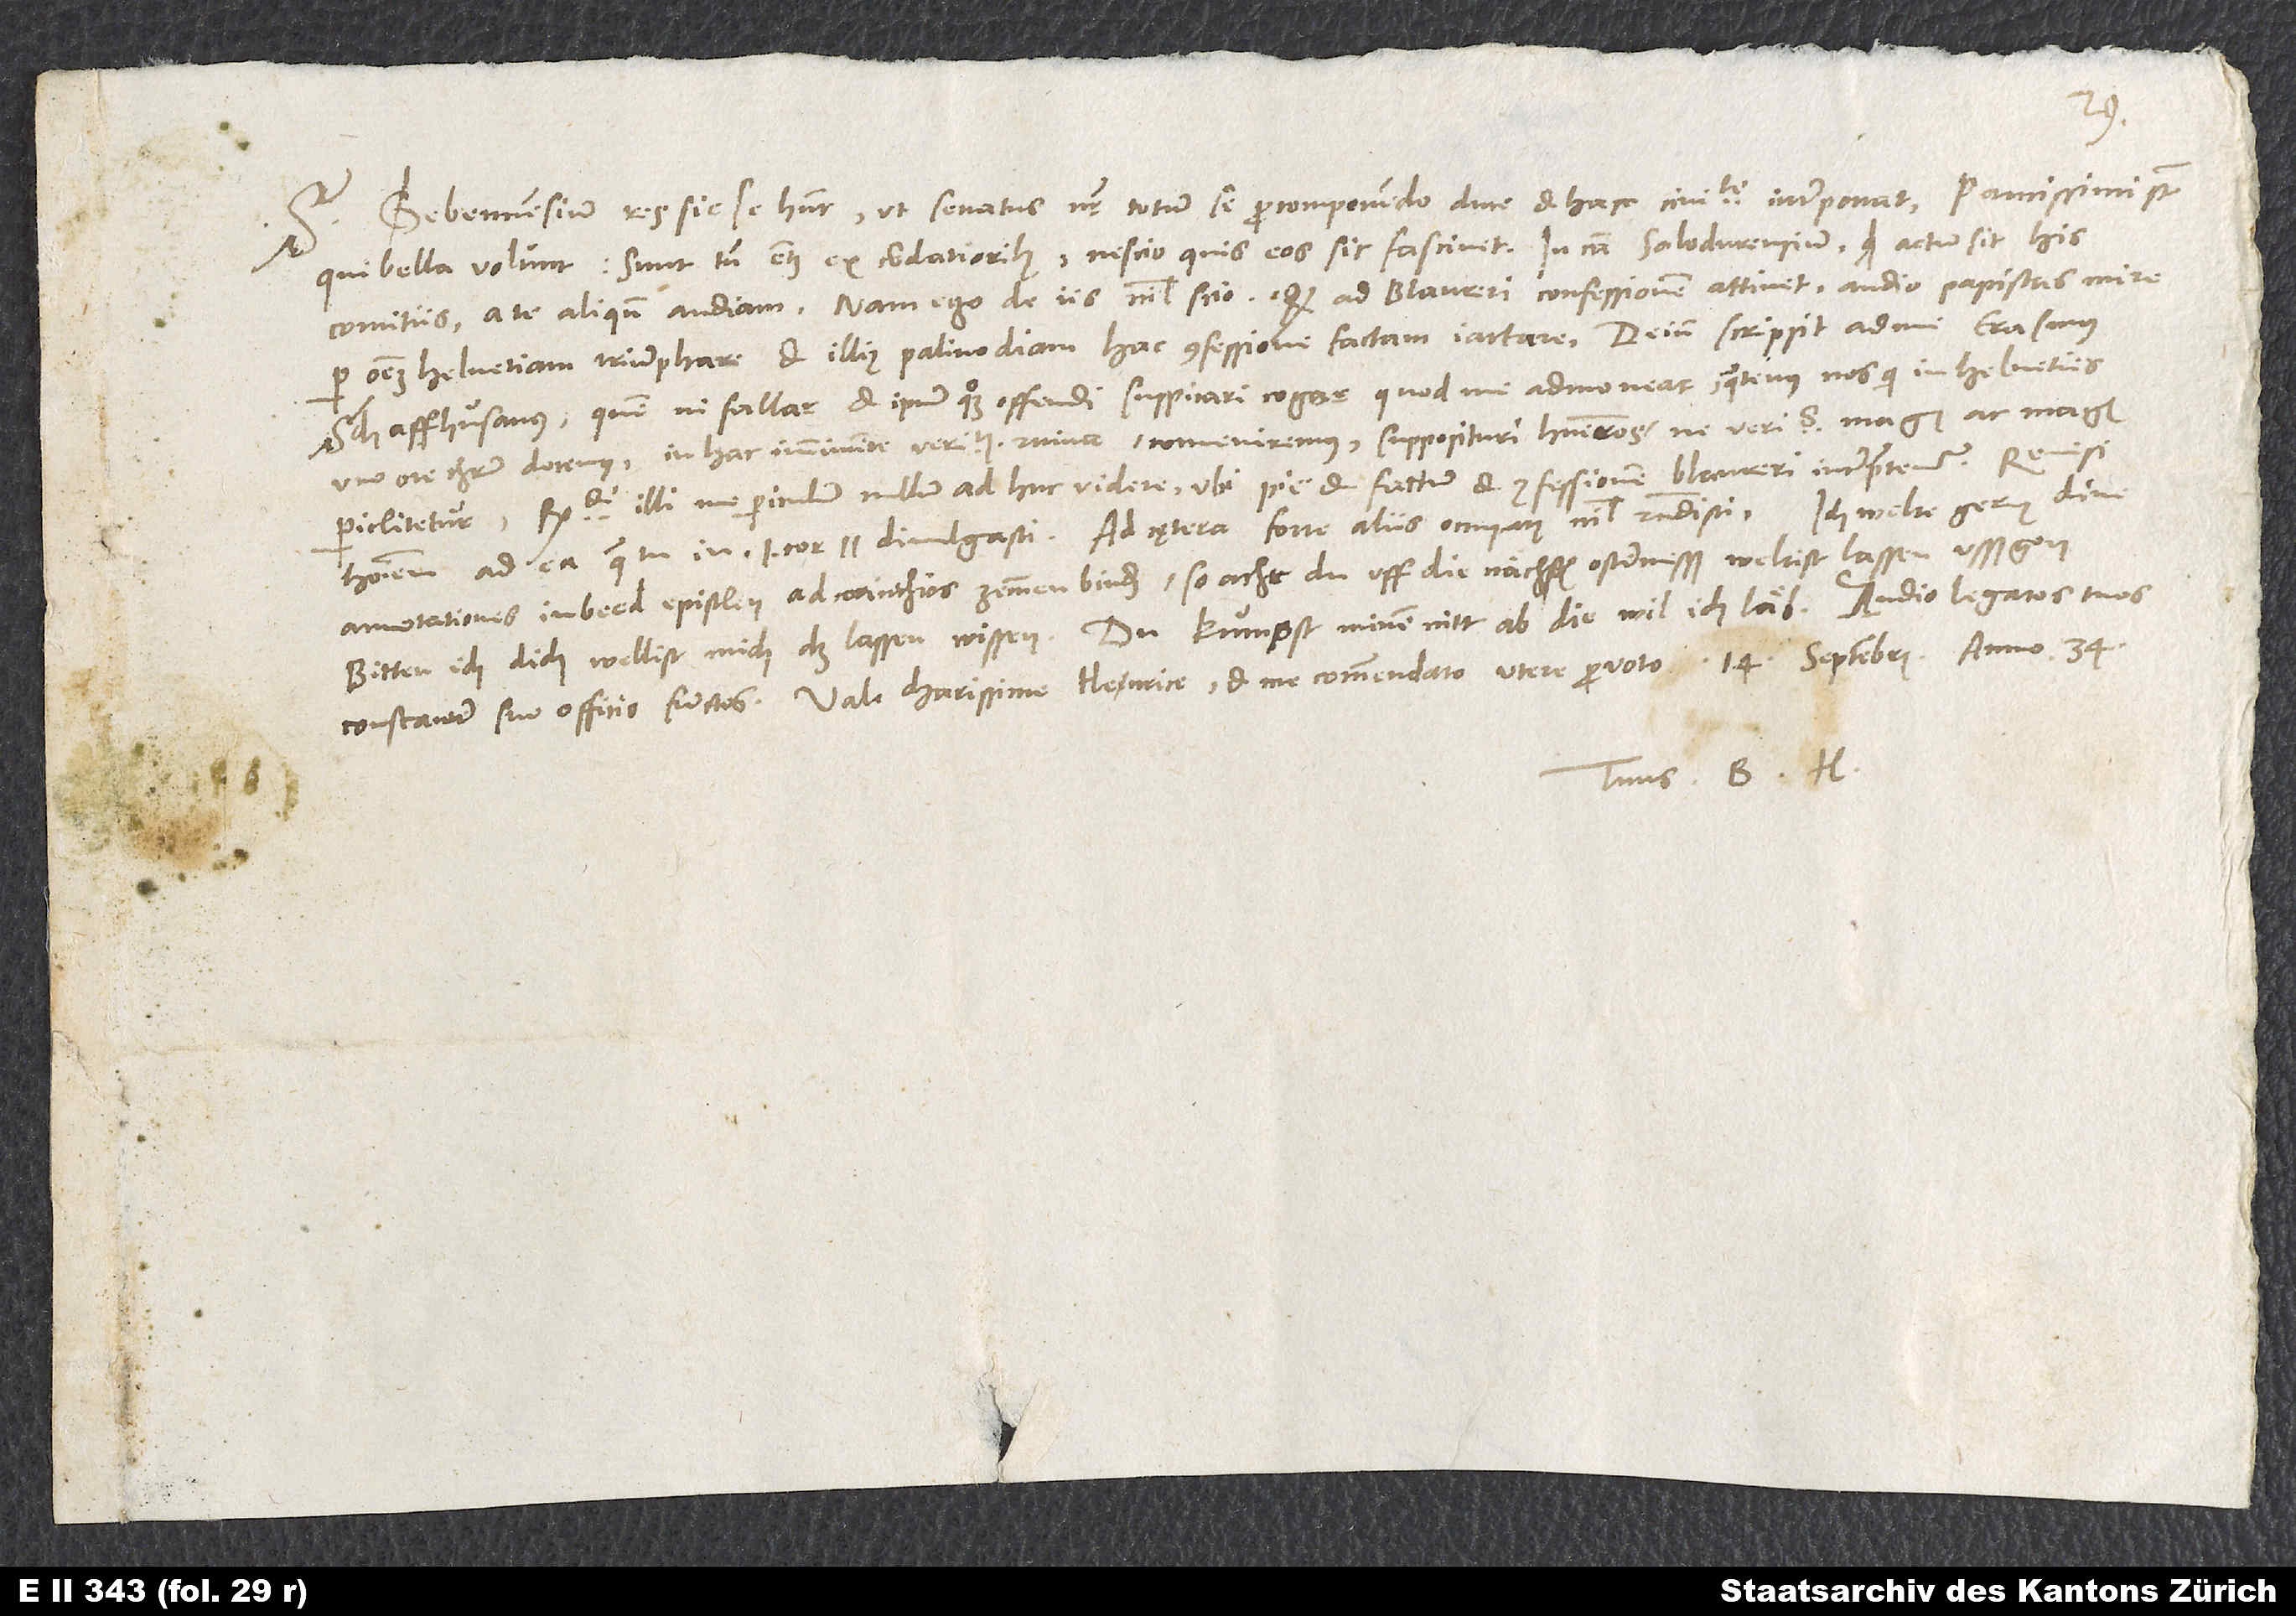
S.

Gebennensium res sic se habent, ut senatus noster totum se pro componendo duce et hace civitate interponat. Paucissimi sunt,
qui bella volunt, sunt tamen etiam ex cordatioribus. Nescio, quis eos sic fascinet. In causa Salodurensium quid actum sit his
comitiis, a te aliquando audiam. Nam ego de iis nihil scio. Quod ad Blaureri confessionem attinet, audio papistas mire
per omnem Helvetiam triumphare et illius palinodiam hac confessione factam iactare. Deinde scripsit ad me Erasmus
Schaffhusanus, quem ni fallar, et ipsum quoque offendi suspicari cogor, quod me admoneat, quatenus nos, qui in Helvetiis
uno ore Christum docemus, in hac imminente veritatis ruina conveniremus supposituri humeros, ne veritas magis ac magis
periclitetur. Respondi illi me periculum nullum adhuc videre, ubi pie et factum et confessionem Blaureri interpretemur. Remisi
annotationes in beed epistlen ad Corinthios zemmen binden; so acht du uff die nächsten ostermesß weltist lassen usßgon,
bitten ich dich, wellist mich das lassen wissen. Du kumpst minen nitt ab diewil ich läb., Audio legatos tuos
Tuus B. H.